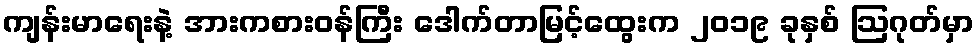
ကျန်းမာရေးနဲ့ အားကစားဝန်ကြီး ဒေါက်တာမြင့်ထွေးက ၂၀၁၉ ခုနှစ် ဩဂုတ်မှာ